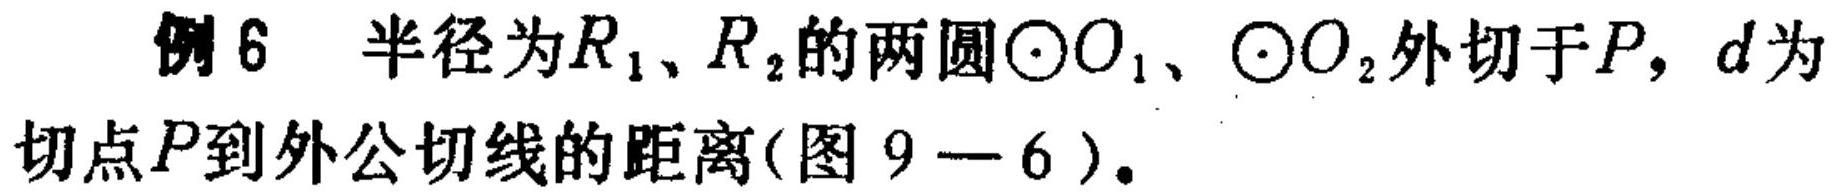
例 6 半径为\(R_{1}、R_{2}\)的两圆\(\odot O_{1}\)、\(\odot O_{2}\)外切于\(P\)，\(d\)为
切点\(P\)到外公切线的距离(图 \(9 - 6\))。